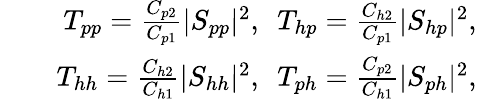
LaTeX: \begin{array}{rlr}&{}&{T_{pp}=\frac{C_{p2}}{C_{p1}}\vert S_{pp}\vert^{2},~~T_{hp}=\frac{C_{h2}}{C_{p1}}\vert S_{hp}\vert^{2},}\\ &{}&{T_{hh}=\frac{C_{h2}}{C_{h1}}\vert S_{hh}\vert^{2},~~T_{ph}=\frac{C_{p2}}{C_{h1}}\vert S_{ph}\vert^{2},}\end{array}